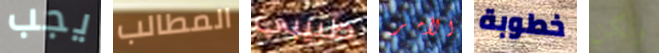
يجب المطالب طبيبي الأمر خطوبة ولكن